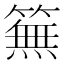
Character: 䉑